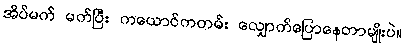
အိပ်မက် မက်ပြီး ကယောင်ကတမ်း လျှောက်ပြောနေတာမျိုးပဲ။